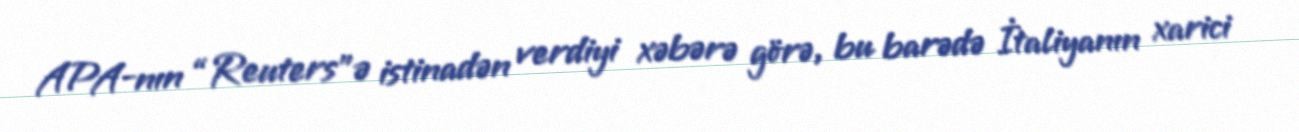
APA-nın “Reuters”ə istinadən verdiyi xəbərə görə, bu barədə İtaliyanın xarici